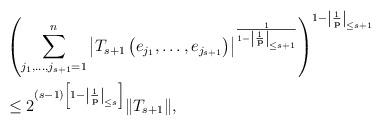
LaTeX: \begin{align*}&\left( \sum\limits_{j_1,\ldots,j_{s+1}=1}^{n} \left\vert T_{s+1}\left( e_{j_1},\ldots,e_{j_{s+1}}\right) \right\vert ^{\frac{1}{1-\left|\frac{1}{\mathbf{p}}\right|_{\leq s+1}}}\right)^{1-\left|\frac{1}{\mathbf{p}}\right|_{\leq s+1}}\\& \leq 2^{(s-1)\left[1-\left|\frac{1}{\mathbf{p}}\right|_{\leq s}\right]}\|T_{s+1}\|,\end{align*}